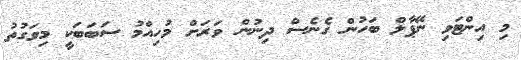
މި އިންޓަވި ނޭޕާލް ބަހުން ގެނެސް ދިނުން ވަރަށް މުހިއްމު ސަބަބަކީ މިވަގުތު